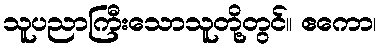
သူပညာကြီးသောသူတို့တွင်။ ဧကော၊